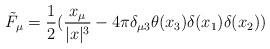
\begin{align*}\tilde{F}_{\mu} = \frac{1}{2}(\frac{x_{\mu}}{|x|^3}-4\pi \delta_{\mu3} \theta(x_3) \delta(x_1) \delta(x_2))\end{align*}